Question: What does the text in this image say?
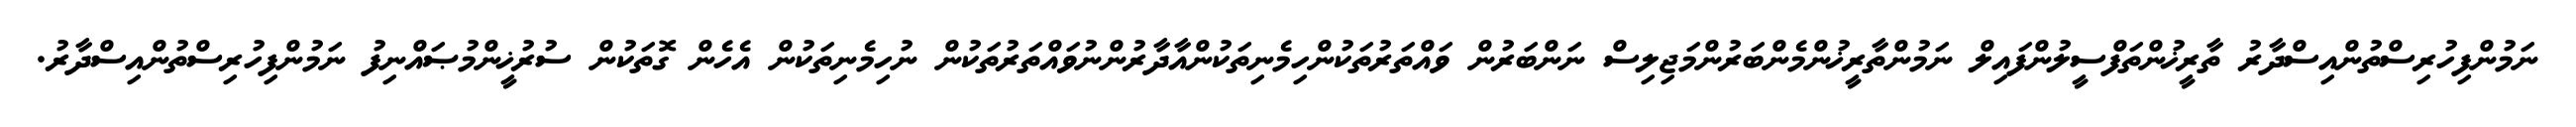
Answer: ނަމުންފިހުރިސްތުންއިސްދާރު ތާރީޚުންތަފްސީލުންފައިލް ނަމުންތާރީޚުންމެންބަރުންމަޖިލިސް ނަންބަރުން ވައްތަރުތަކުންހިމެނިތަކުންއާދާރުންނުވައްތަރުތަކުން ނުހިމެނިތަކުން އެހެން ގޮތަކުން ސުރުޚީންމުޞައްނިފު ނަމުންފިހުރިސްތުންއިސްދާރު.